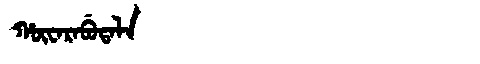
Manchu: ᡥᡡᠸᠠᡵᠠᠪᡠᡨᠠᠯᠠ
Romanization: HŪWARABUTALA